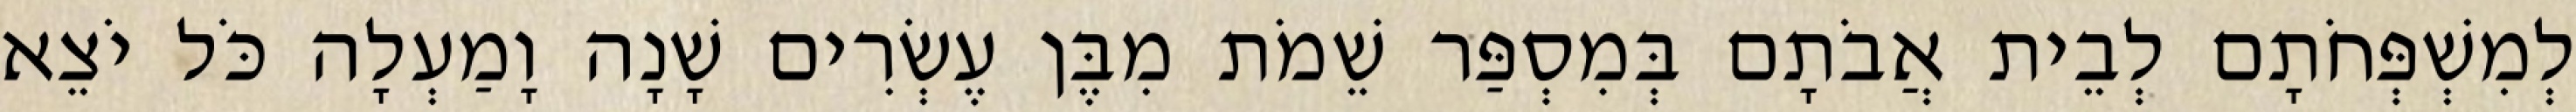
לְמִשְׁפְּחֹתָם לְבֵית אֲבֹתָם בְּמִסְפַּר שֵׁמֹת מִבֶּן עֶשְׂרִים שָׁנָה וָמַעְלָה כֹּל יֹצֵא